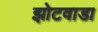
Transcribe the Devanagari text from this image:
झोटवाडा